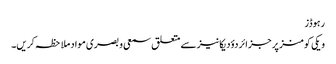
رہوڈز
ویکی کومنز پر جزائر دؤدیکانیز سے متعلق سمعی و بصری مواد ملاحظہ کریں۔